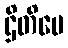
ဌိတိပေ